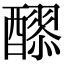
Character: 𮡄